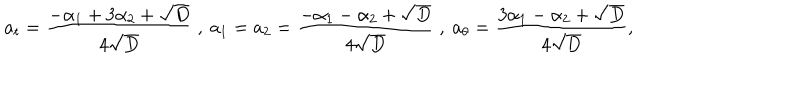
a _ { t } = \frac { - \alpha _ { 1 } + 3 \alpha _ { 2 } + \sqrt { D } } { 4 \sqrt { D } } \ , \ a _ { 1 } = a _ { 2 } = \frac { - \alpha _ { 1 } - \alpha _ { 2 } + \sqrt { D } } { 4 \sqrt { D } } \ , \ a _ { \theta } = \frac { 3 \alpha _ { 1 } - \alpha _ { 2 } + \sqrt { D } } { 4 \sqrt { D } } ,